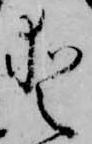
愛